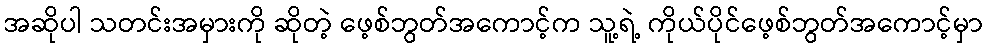
အဆိုပါ သတင်းအမှားကို ဆိုတဲ့ ဖေ့စ်ဘွတ်အကောင့်က သူ့ရဲ့ ကိုယ်ပိုင်ဖေ့စ်ဘွတ်အကောင့်မှာ